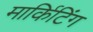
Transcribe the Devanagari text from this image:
मार्किटिंग